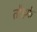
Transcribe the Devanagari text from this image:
तौहफे